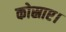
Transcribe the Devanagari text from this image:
कोस्राए।